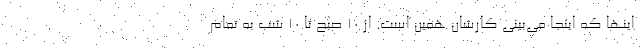
اینها که اینجا می‌بینی کارشان همین است. از ۱۰ صبح تا ۱۰ شب به تمام